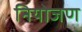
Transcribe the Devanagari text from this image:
नियोजण